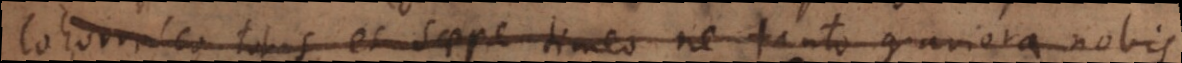
cohorresco totus, et saepe timeo, ne tanto graviora nobis